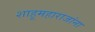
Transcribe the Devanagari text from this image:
शाहूमहाराजांना